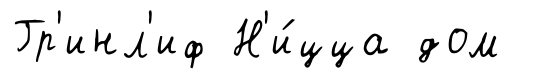
Гр'инл'иф Н'и́цца дом